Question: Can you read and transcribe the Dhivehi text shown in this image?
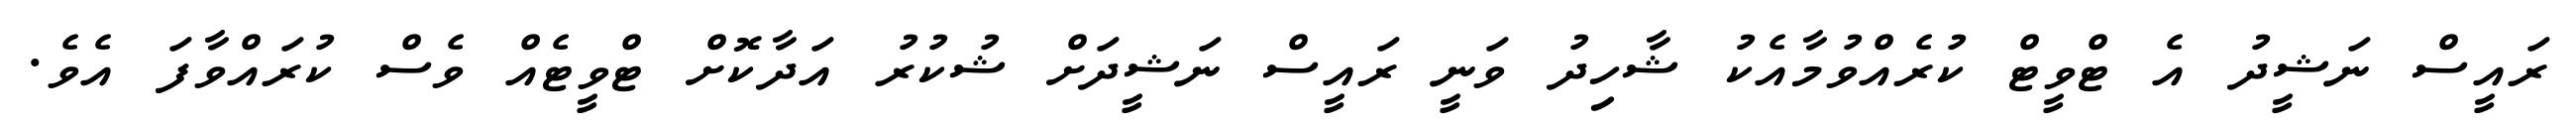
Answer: ރައީސް ނަޝީދު އެ ޓްވީޓް ކުރެއްވުމާއެކު ޝާހިދު ވަނީ ރައީސް ނަޝީދަށް ޝުކުރު އަދާކޮށް ޓްވީޓެއް ވެސް ކުރައްވާފަ އެވެ.